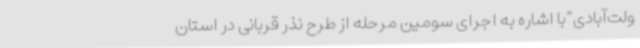
ولت‌آبادی”با اشاره به اجرای سومین مرحله از طرح نذر قربانی در استان